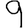
Digit: 9